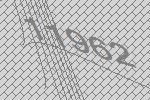
11962